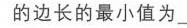
的边长的最小值为\_